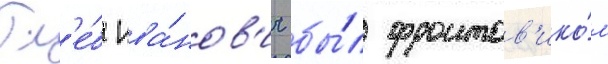
Гл'е́б ива́нов'ич бы́л фронтов'ико́м